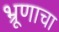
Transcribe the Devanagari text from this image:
भ्रूणाचा